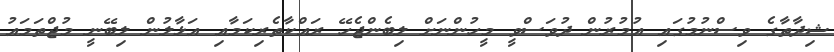
ޝިދާތާގެ ވިސްނުމުގައި އުމުރުން ދުވަސްވީ މީހުންނަށް ލިބެންޖެހޭ ރައްކާތެރިކަމާއި އަޅާލުން ލިބޭނީ މުޖްތަމައު